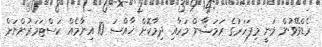
ރެޑްވޭވުން ވަނީ މިފަހަރުގެ ރަމަޟާން މަހާއި ދިމާކޮށް ޚާއްސަ 10 އިނާމެއް ކަސްޓަމަރުންނަށް